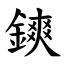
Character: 鏯